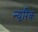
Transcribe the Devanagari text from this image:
न्यूरिक